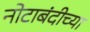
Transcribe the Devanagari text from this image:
नोटाबंदीच्या